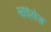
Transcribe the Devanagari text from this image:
सांईसेज़